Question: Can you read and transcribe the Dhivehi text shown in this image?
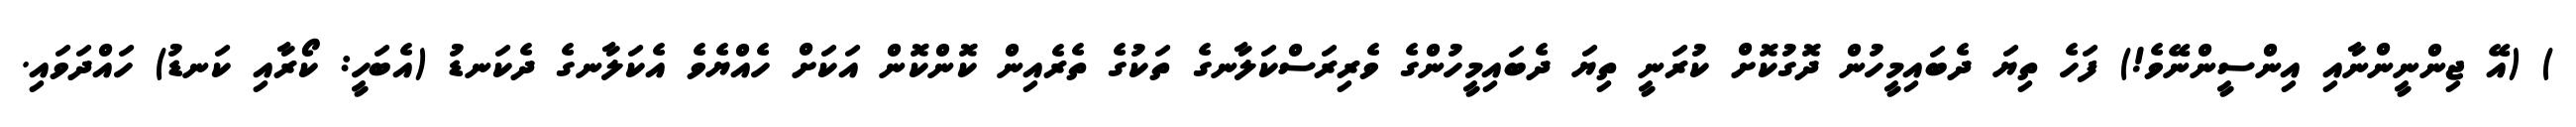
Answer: ) (އޭ ޖިންނީންނާއި އިންސީންނޭވެ!) ފަހެ ތިޔަ ދެބައިމީހުން ދޮގުކޮށް ކުރަނީ ތިޔަ ދެބައިމީހުންގެ ވެރިރަސްކަލާނގެ ތަކުގެ ތެރެއިން ކޮންކޮން އަކަށް ހެއްޔެވެ އެކަލާނގެ ދެކަނޑު (އެބަހީ: ކޯރާއި ކަނޑު) ހައްދަވައި.